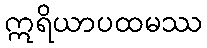
ဣရိယာပထမဿ